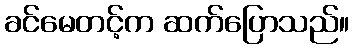
ခင်မေတင့်က ဆက်ပြောသည်။